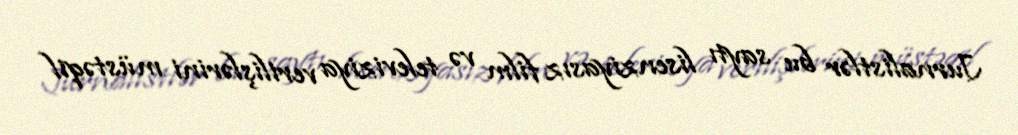
Jurnalistlər bu saytı lisenziyasız film və televiziya verilişlərini müstəqil